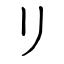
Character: リ